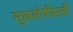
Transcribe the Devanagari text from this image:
सुखसोयींसाठी